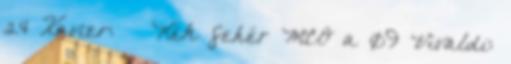
24 Xavier: ♂ Kék fehér MCO a 09 Vivaldi: